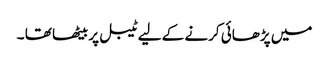
میں پڑھائی کرنے کے لیے ٹیبل پر بیٹھا تھا ۔